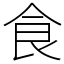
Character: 食